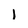
Character: 1